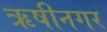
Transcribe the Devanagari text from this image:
ऋषीनगर